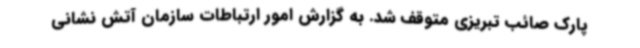
پارک صائب تبریزی متوقف شد. به گزارش امور ارتباطات سازمان آتش نشانی